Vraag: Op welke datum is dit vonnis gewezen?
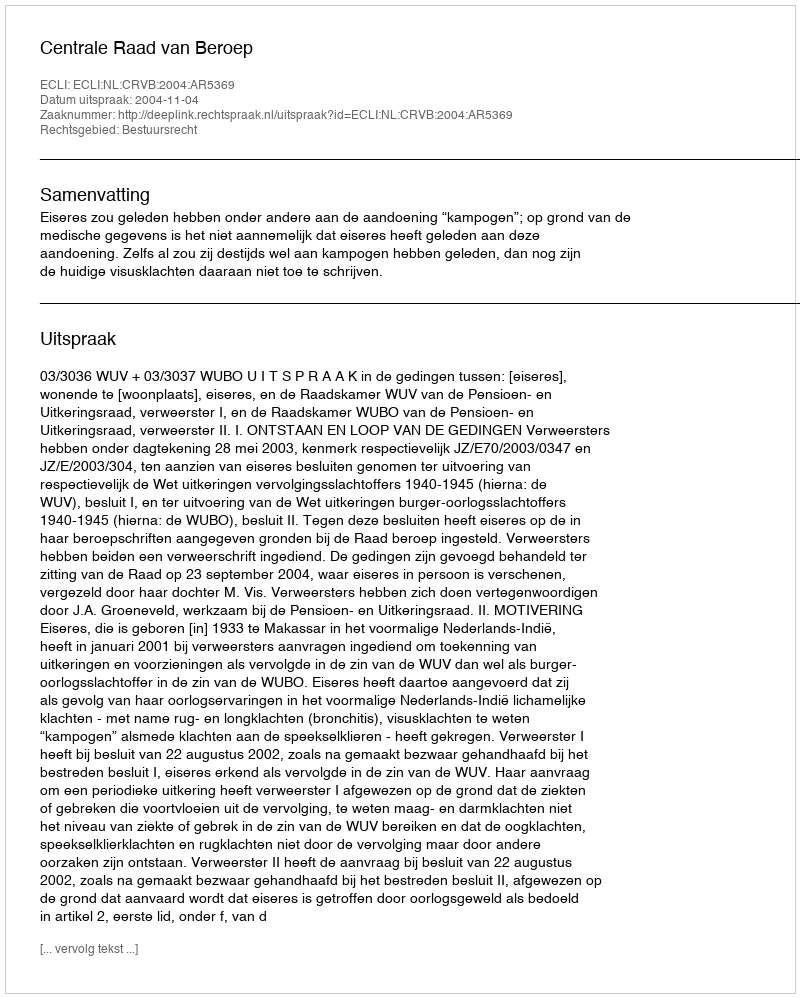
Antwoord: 2004-11-04